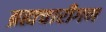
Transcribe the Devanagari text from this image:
ब्रह्मचारीगण